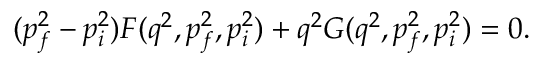
( p _ { f } ^ { 2 } - p _ { i } ^ { 2 } ) F ( q ^ { 2 } , p _ { f } ^ { 2 } , p _ { i } ^ { 2 } ) + q ^ { 2 } G ( q ^ { 2 } , p _ { f } ^ { 2 } , p _ { i } ^ { 2 } ) = 0 .